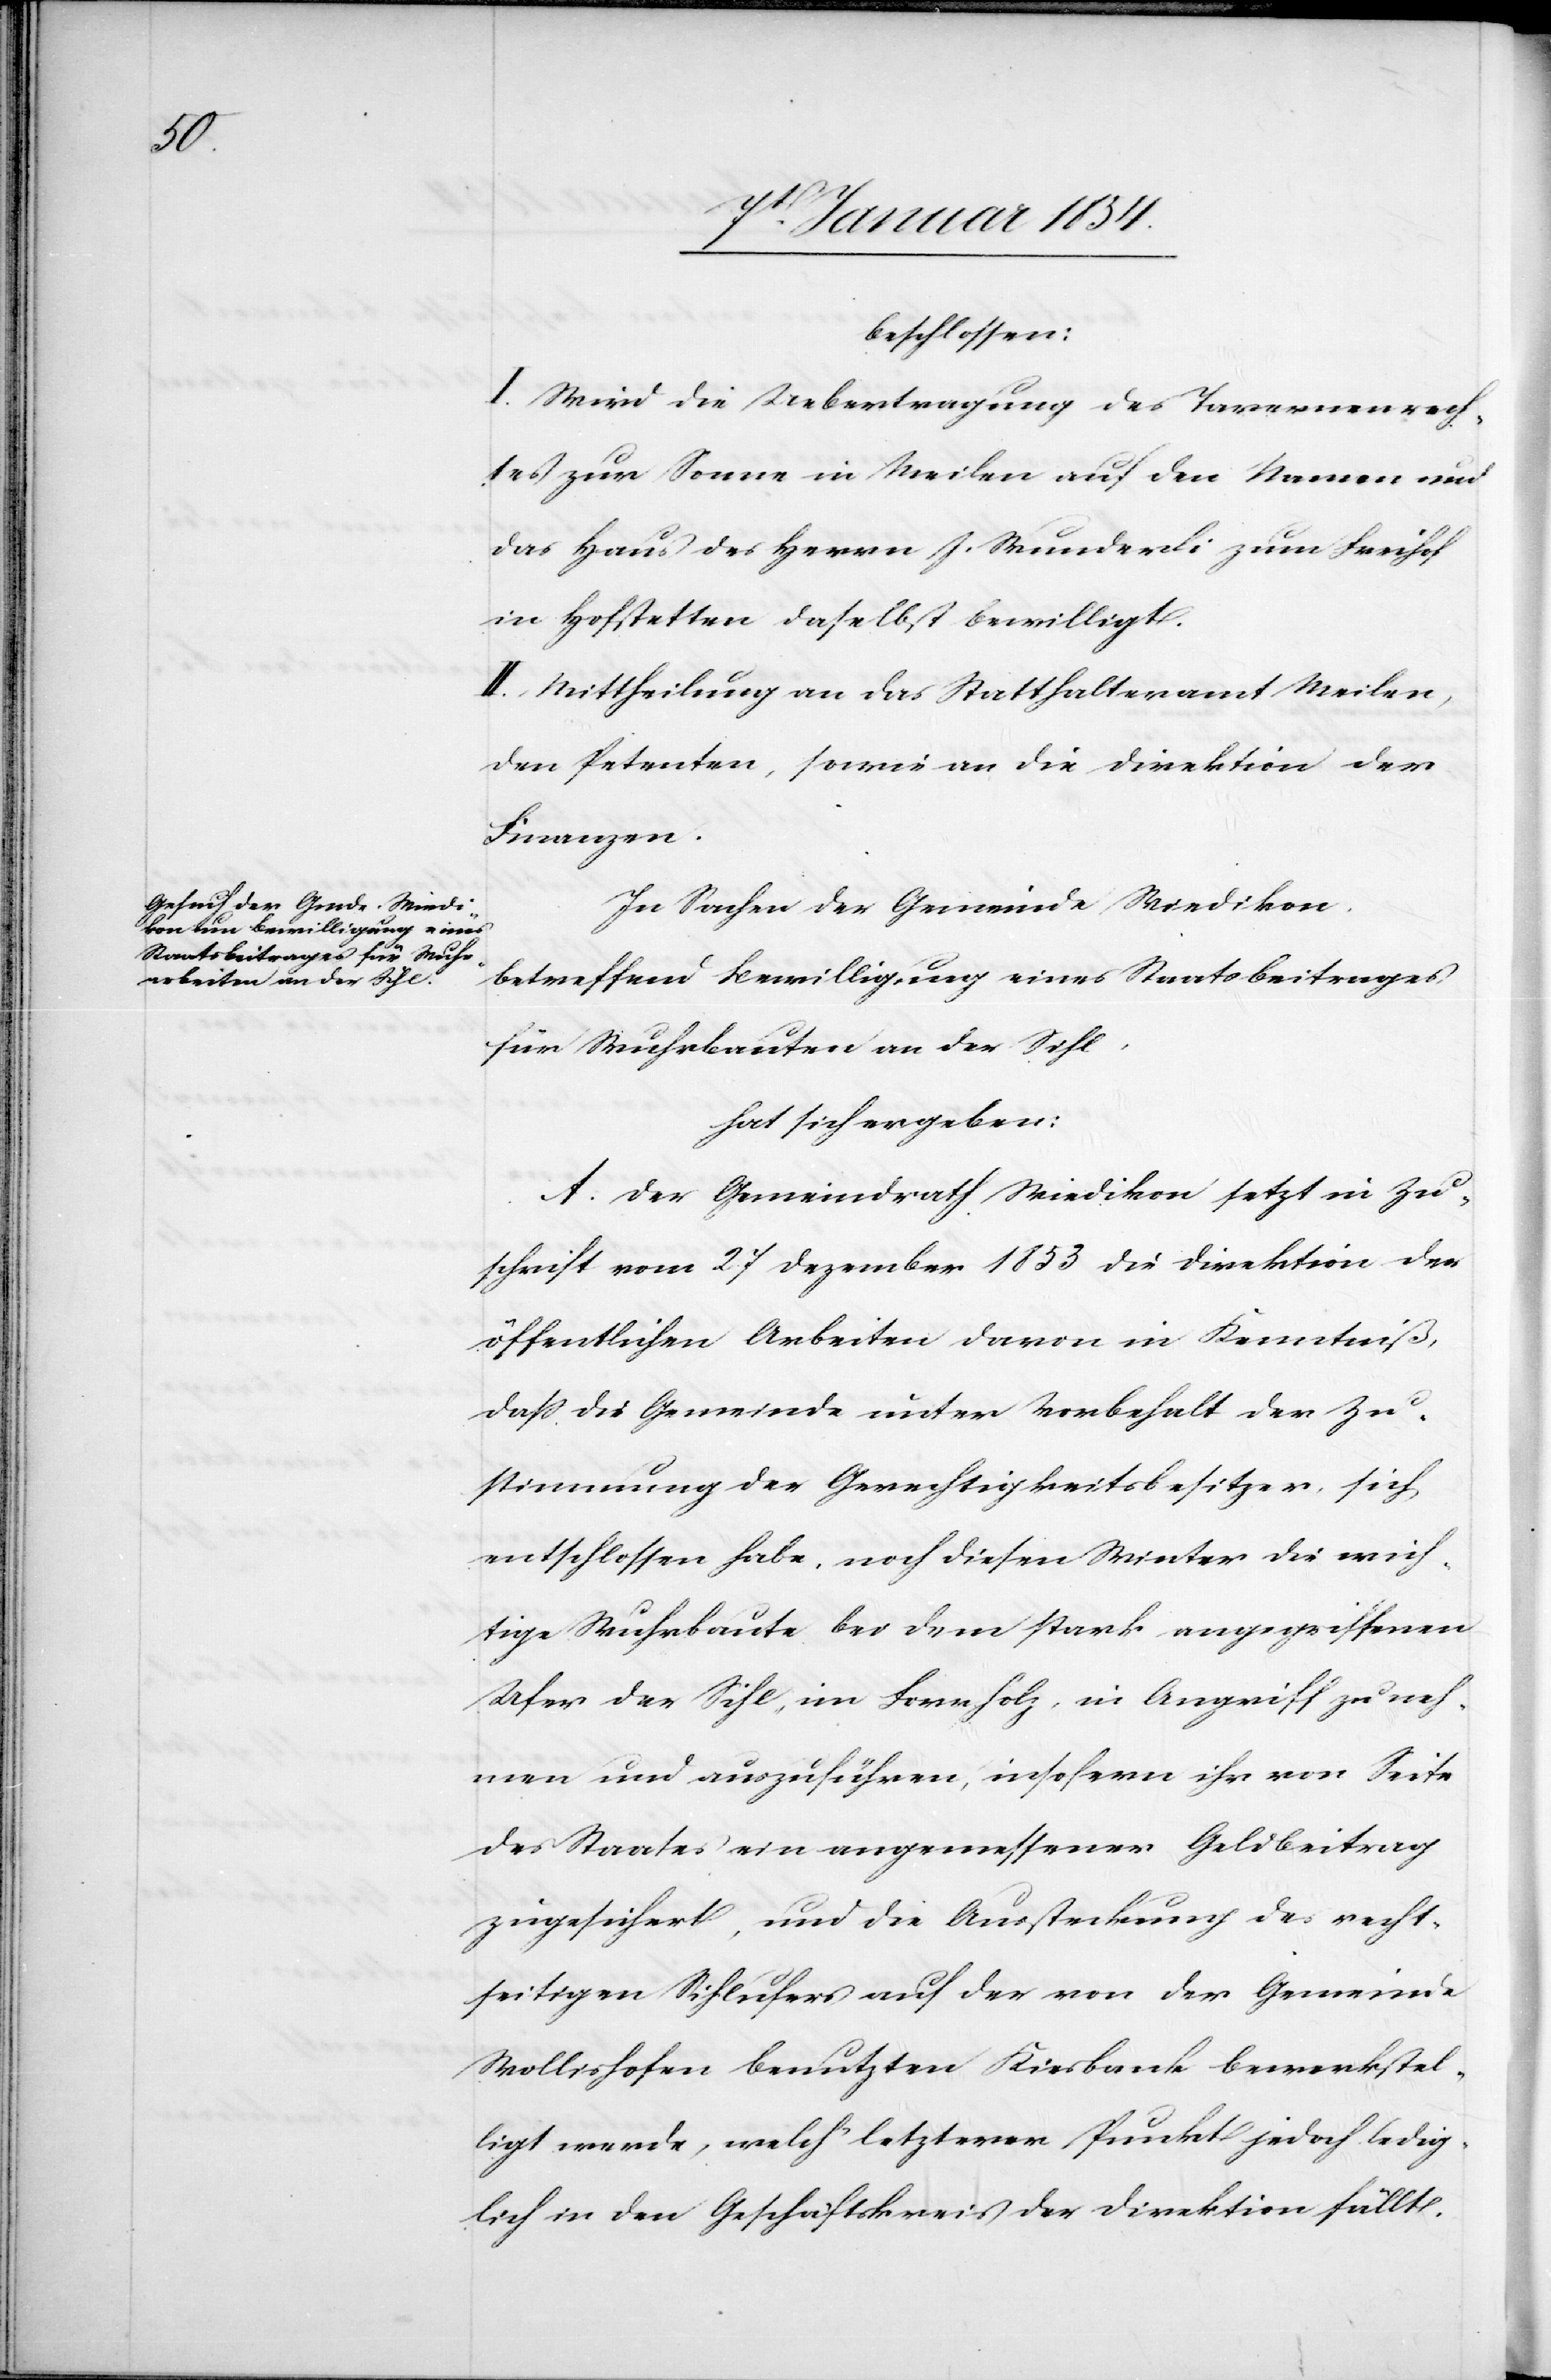
beschlossen:
I. Wird die Uebertragung des Tavernenrech¬
tes zur Sonne in Meilen auf den Namen und
das Haus des Herrn J. Wunderli zum Freihof
in Hofstetten daselbst bewilligt.
II. Mittheilung an das Statthalteramt Meilen,
den Petenten, sowie an die Direktion der
Finanzen.
In Sachen der Gemeinde Wiedikon,
betreffend Bewilligung eines Staatsbeitrages
für Wuhrbauten an der Sihl,
hat sich ergeben:
A. Der Gemeindrath Wiedikon setzt in Zu¬
schrift vom 27 Dezember 1853 die Direktion der
öffentlichen Arbeiten davon in Kenntniß,
daß die Gemeinde unter Vorbehalt der Zu¬
stimmung der Gerechtigkeitsbesitzer, sich
entschlossen habe, noch diesen Winter die wich¬
tige Wuhrbaute bei dem stark angegriffenen
Ufer der Sihl, im Forrholz, in Angriff zu neh¬
men und auszuführen, insofern ihr von Seite
des Staates ein angemessener Geldbeitrag
zugesichert, und die Aussteckung des recht¬
seitigen Sihlufers auf der von der Gemeinde
Wollishofen benutzten Kiesbank bewerkstel¬
ligt werde, welch‘ letzterer Punkt jedoch ledig¬
lich in den Geschäftskreis der Direktion fällt.